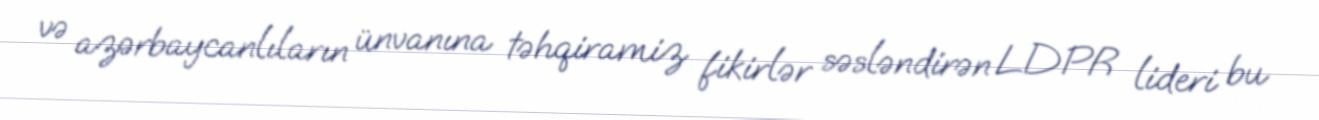
və azərbaycanlıların ünvanına təhqiramiz fikirlər səsləndirən LDPR lideri bu